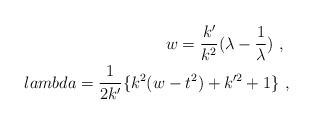
\begin{align*}w = \frac{k'}{k^2} ( \lambda - \frac{1}{\lambda} ) \ , \ \\lambda = \frac{1}{2k'} \{ k^2( w - t^2) + k'^2 + 1 \} \ ,\end{align*}